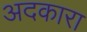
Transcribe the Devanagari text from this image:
अदकारा